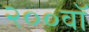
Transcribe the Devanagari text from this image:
२००वॉ